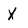
Character: X